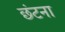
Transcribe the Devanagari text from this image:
छंटना